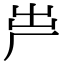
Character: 𠩃